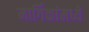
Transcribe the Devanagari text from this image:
मार्गिकांमध्ये